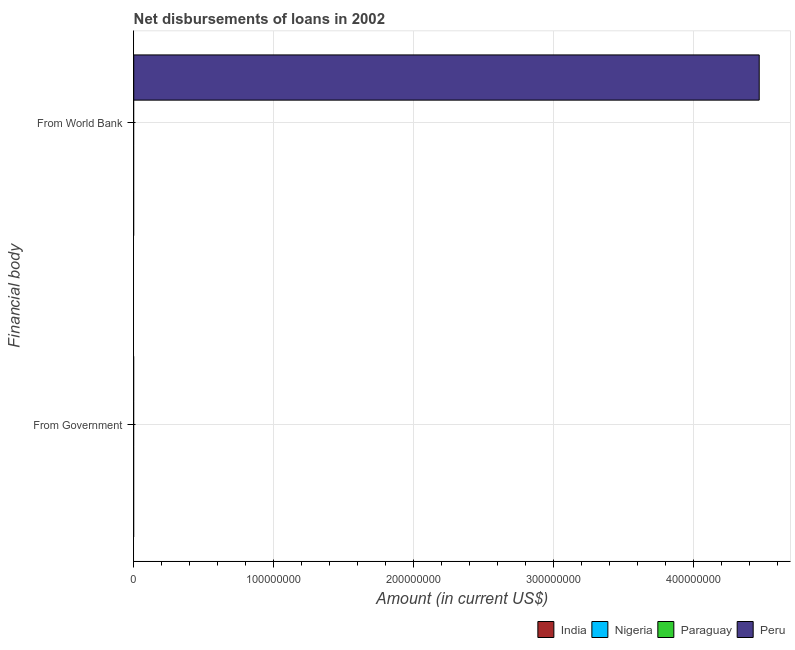
| Financial body | India | Nigeria | Paraguay | Peru |
 | --- | --- | --- | --- | --- |
 | From Government | -4.58e+08 | -2.02e+08 | -1.98e+06 | -1.9e+08 |
 | From World Bank | -3.32e+09 | -2.25e+08 | -1.26e+07 | 4.47e+08 |